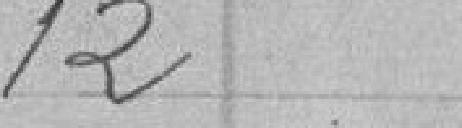
12